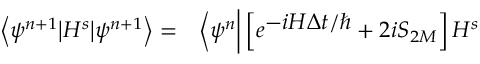
\begin{array} { l l } { \left\langle \psi ^ { n + 1 } \big | H ^ { s } \big | \psi ^ { n + 1 } \right\rangle = } & { \left\langle \psi ^ { n } \bigg | \left[ e ^ { \textstyle - i H \Delta t / \hbar } + 2 i S _ { 2 M } \right] H ^ { s } \right. } \end{array}